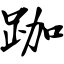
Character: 跏